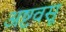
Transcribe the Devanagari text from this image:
अष्टवसू